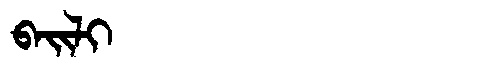
Manchu: ᠪᠠᡳᠯᡳ
Romanization: BAILI